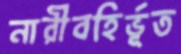
নারীবহির্ভূত